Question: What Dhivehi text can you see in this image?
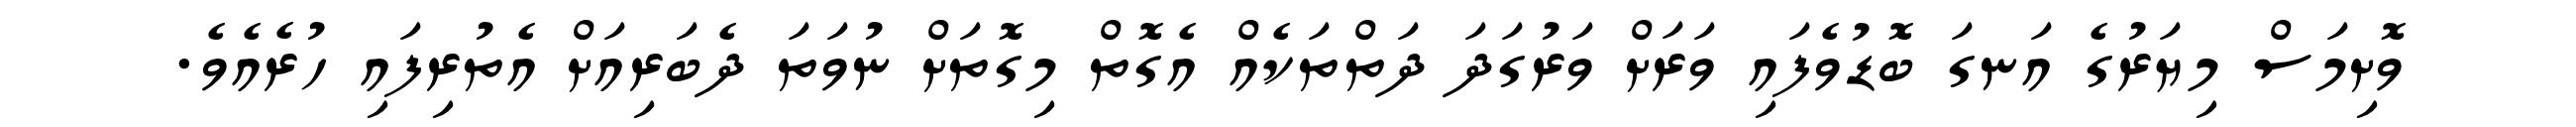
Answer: ވޮށިމަސް މިޔަރުގެ އަނގަ ބޮޑުވެފައި ވަރަށް ވަރުގަދަ ދަތްތަކެއް އެގޮތް މިގޮތަށް ނުވަތަ ދެބަރިއަށް އެތުރިފައި ހުރެއެވެ.